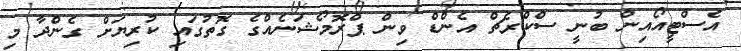
އެސްޓީއޯއިން ބުނީ ސްކްރެޗް އެންޑް ވިން ޕްރޮމޯޝަނެއްގެ ގޮތުގައި ކުރިޔަށް ގެންދާ މި